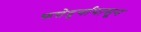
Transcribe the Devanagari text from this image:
फत्तेदुर्गापासून